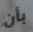
بأن